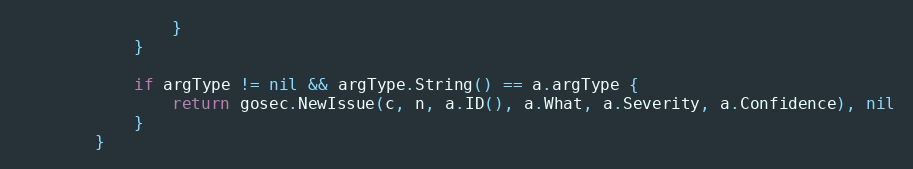
Language: Go
				}
			}

			if argType != nil && argType.String() == a.argType {
				return gosec.NewIssue(c, n, a.ID(), a.What, a.Severity, a.Confidence), nil
			}
		}